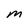
Character: m